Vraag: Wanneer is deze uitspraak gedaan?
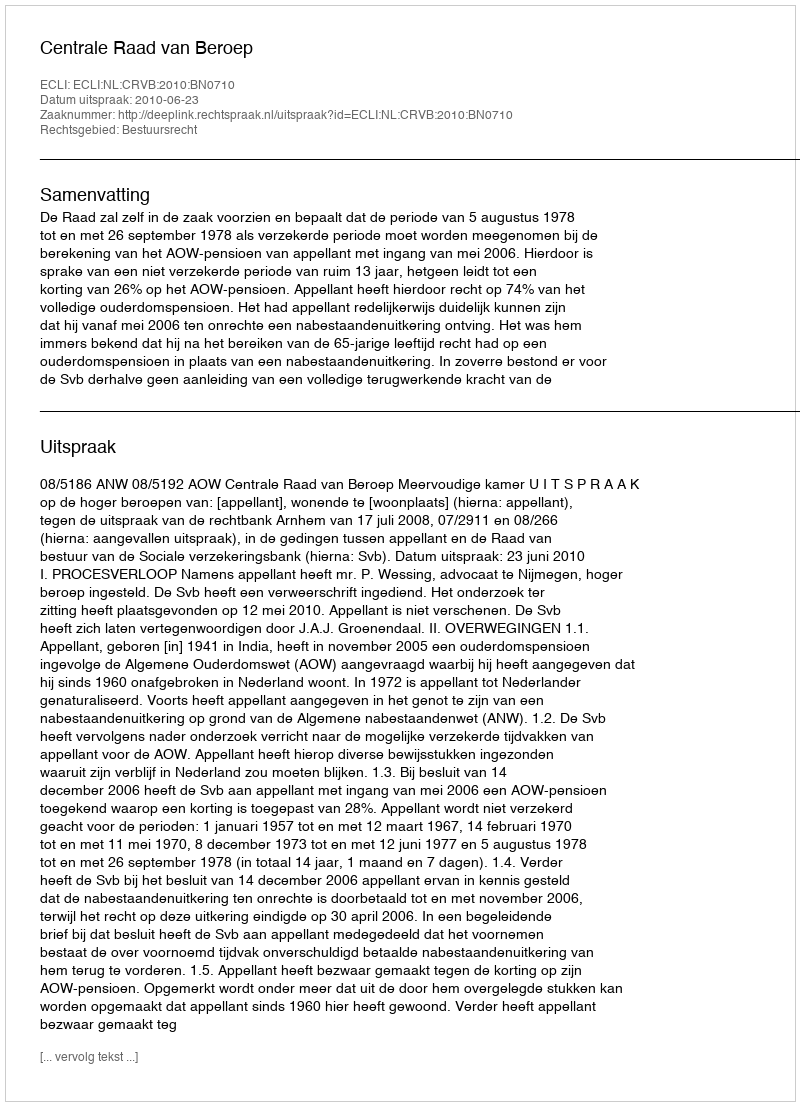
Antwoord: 2010-06-23